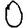
Digit: 0